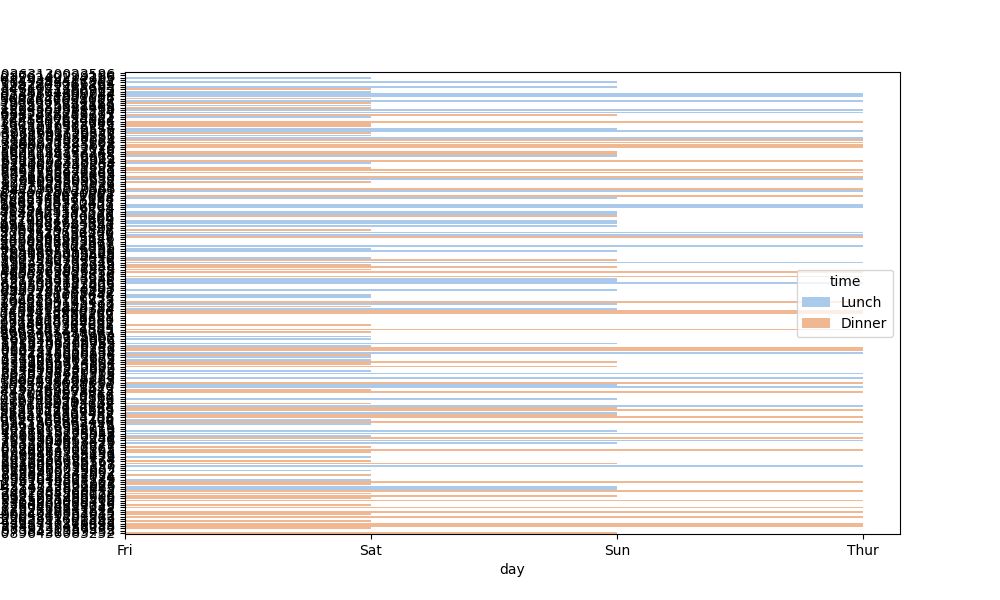
python, seaborn, barplot, hue='time', palette='pastel', ci=None, orient='h'